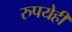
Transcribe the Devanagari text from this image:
रुपयेही